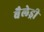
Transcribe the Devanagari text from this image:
बैलेड्री